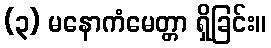
(၃) မနောကံမေတ္တာ ရှိခြင်း။